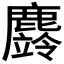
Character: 𪋚